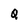
Character: Q